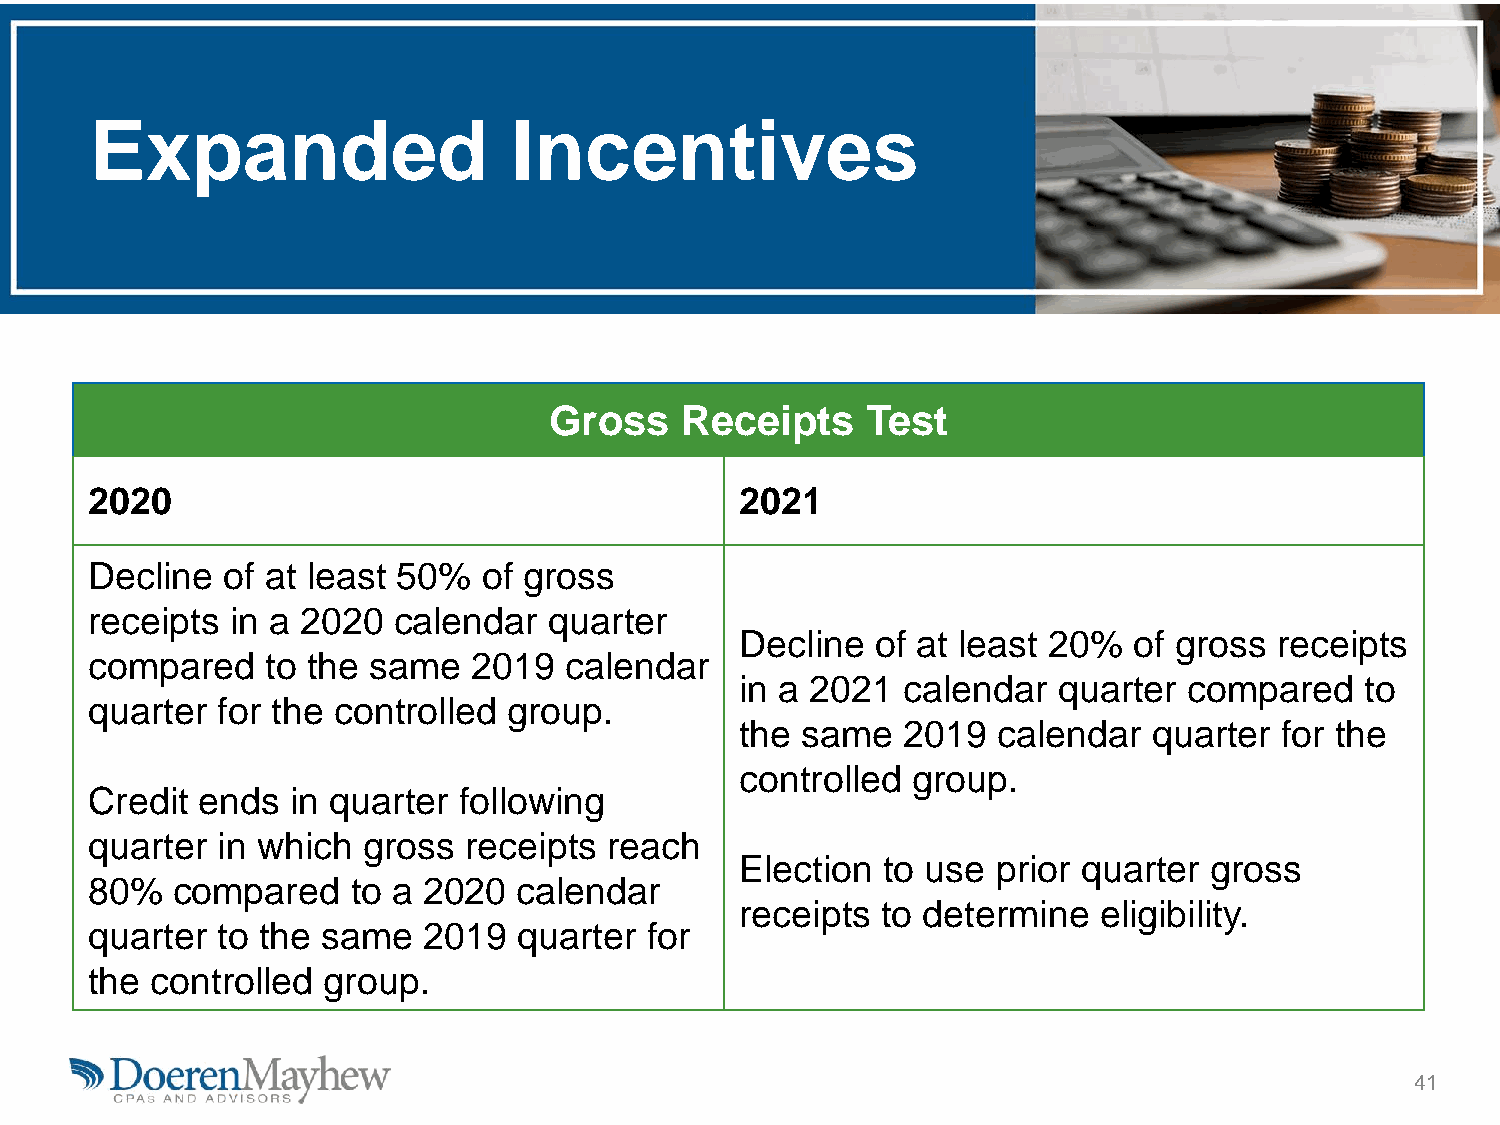
Expanded                    Incentives
 Gross    Receipts    Test
 2020                                       2021
 Decline  of at least 50%  of gross
 receipts in a 2020  calendar  quarter
 Decline  of at least 20%  of gross  receipts
 compared    to the same  2019  calendar
 in a 2021  calendar  quarter  compared   to
 quarter for the controlled  group.
 the same   2019  calendar  quarter  for the
 controlled group.
 Credit ends  in quarter following
 quarter in which  gross  receipts reach
 Election to use  prior quarter gross
 80%  compared    to a 2020  calendar
 receipts to determine   eligibility.
 quarter to the same   2019  quarter  for
 the controlled group.
 41